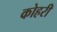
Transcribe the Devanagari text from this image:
कोहरी